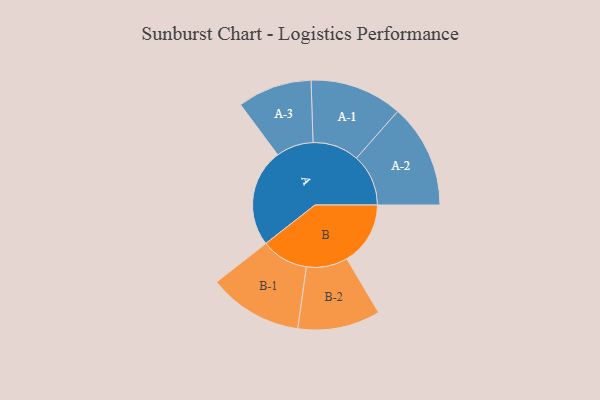
{"axis": {"x": "Segment", "y": "Value"}, "legend": ["", "A", "B"], "data": [{"x": "A", "y": 465, "type": ""}, {"x": "B", "y": 302, "type": ""}, {"x": "A-1", "y": 220, "type": "A"}, {"x": "A-2", "y": 247, "type": "A"}, {"x": "A-3", "y": 177, "type": "A"}, {"x": "B-1", "y": 224, "type": "B"}, {"x": "B-2", "y": 196, "type": "B"}]}